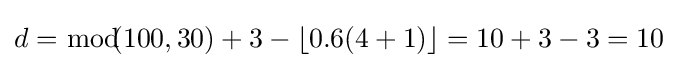
d={\bmod {\!}}\!(100,30)+3-\left\lfloor 0.6(4+1)\right\rfloor =10+3-3=10